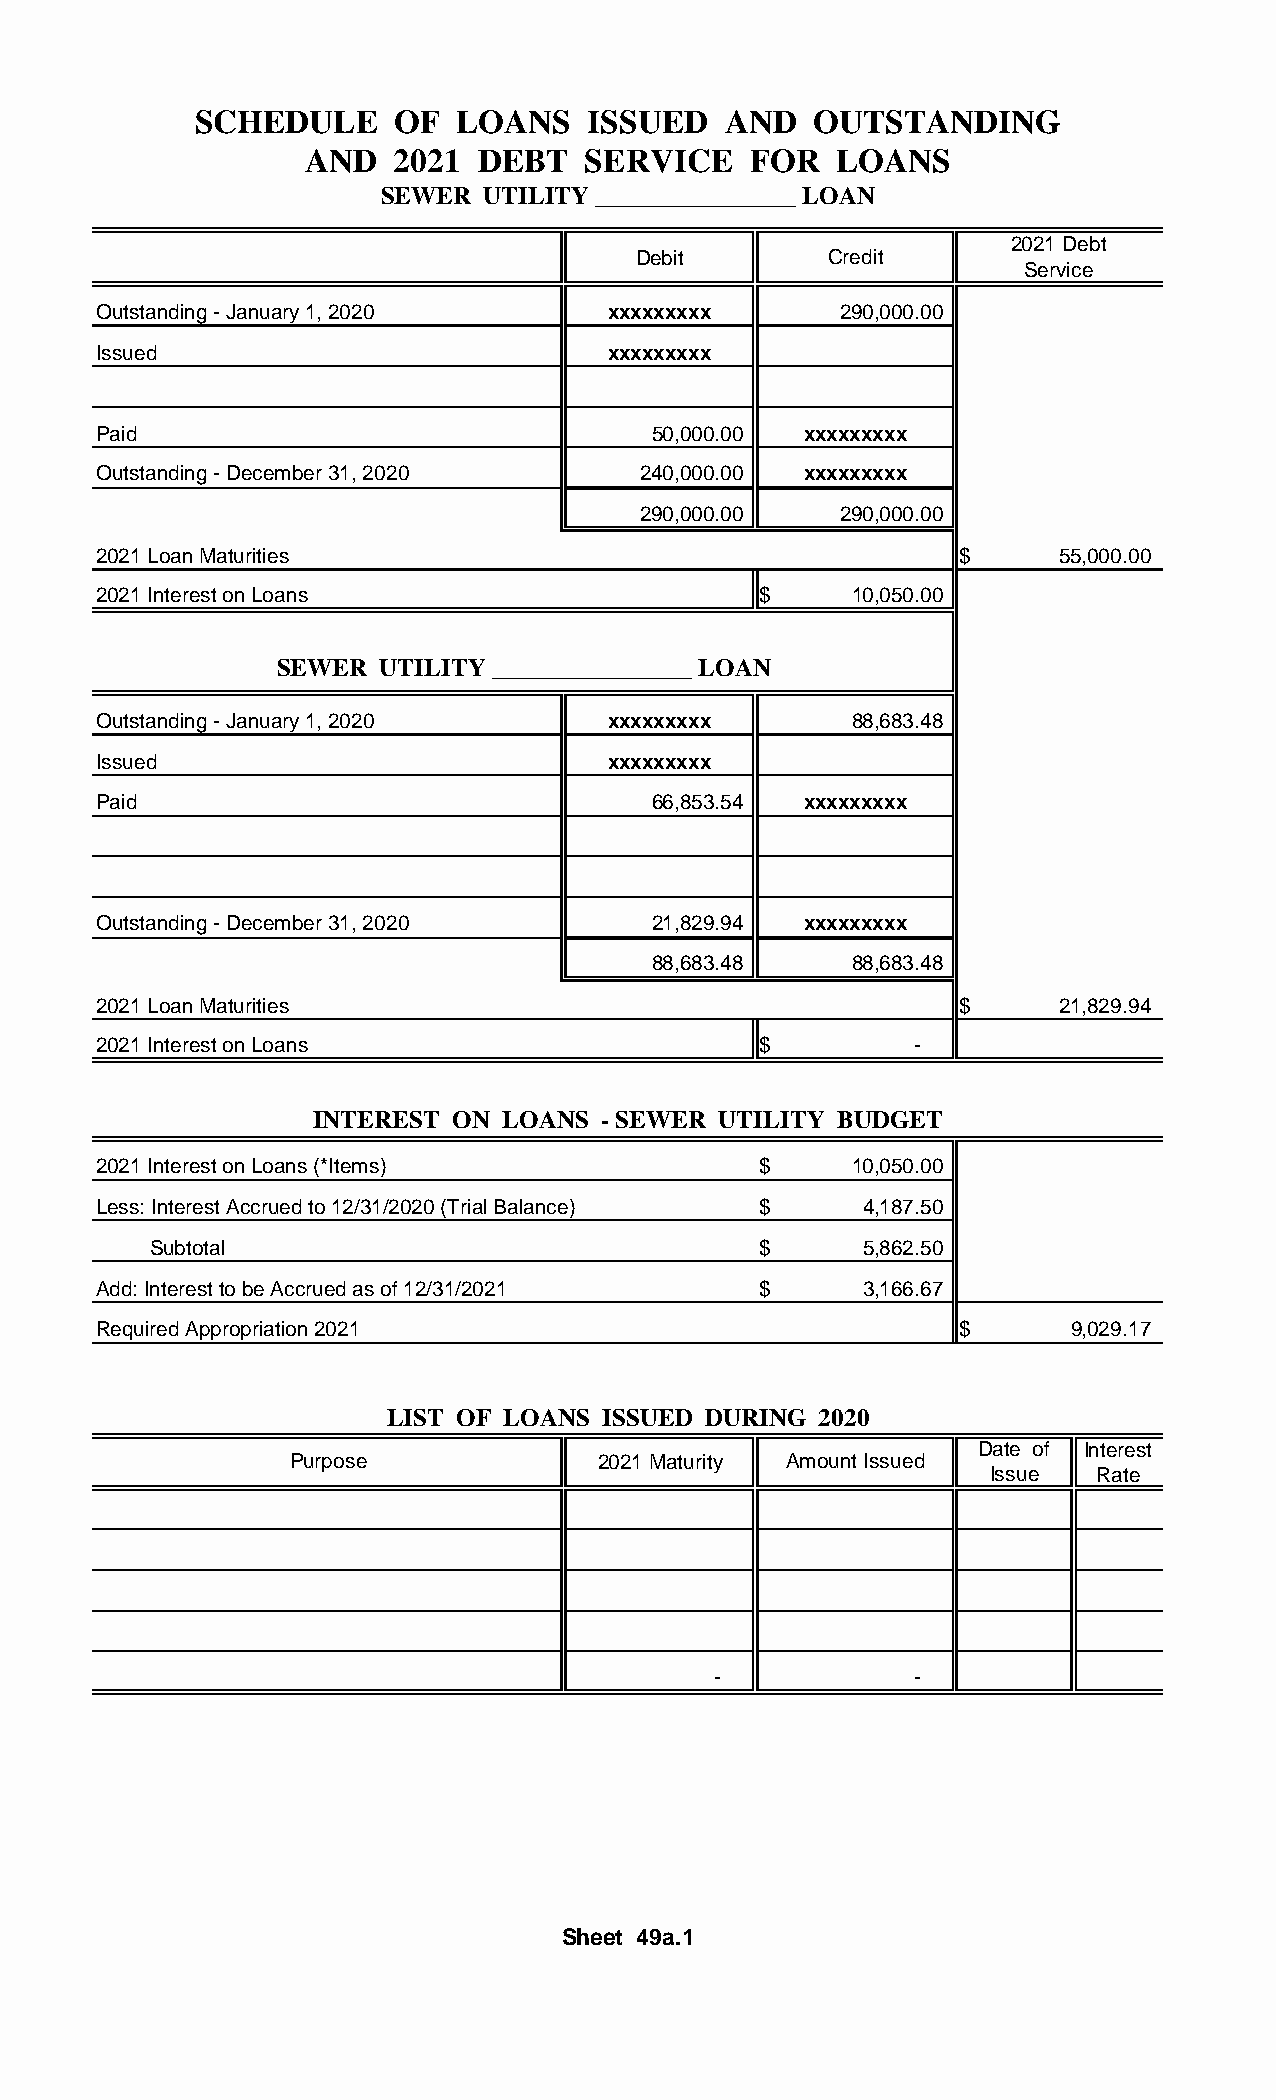
SCHEDULE     OF  LOANS    ISSUED   AND  OUTSTANDING
 AND   2021 DEBT   SERVICE    FOR   LOANS
 SEWER  UTILITY ________________ LOAN
 2021 Debt
 Debit       Credit
 Service
 Outstanding - January 1, 2020     xxxxxxxxx      290,000.00
 Issued                            xxxxxxxxx
 Paid                                 50,000.00 xxxxxxxxx
 Outstanding - December 31, 2020     240,000.00 xxxxxxxxx
 290,000.00   290,000.00
 2021 Loan Maturities                                     $      55,000.00
 2021 Interest on Loans                      $     10,050.00
 SEWER  UTILITY ________________ LOAN
 Outstanding - January 1, 2020     xxxxxxxxx       88,683.48
 Issued                            xxxxxxxxx
 Paid                                 66,853.54 xxxxxxxxx
 Outstanding - December 31, 2020      21,829.94 xxxxxxxxx
 88,683.48    88,683.48
 2021 Loan Maturities                                     $      21,829.94
 2021 Interest on Loans                      $         -
 INTEREST  ON LOANS - SEWER UTILITY BUDGET
 2021 Interest on Loans (*Items)             $     10,050.00
 Less: Interest Accrued to 12/31/2020 (Trial Balance) $ 4,187.50
 Subtotal                                $      5,862.50
 Add: Interest to be Accrued as of 12/31/2021 $     3,166.67
 Required Appropriation 2021                              $      9 ,029.17
 LIST OF LOANS  ISSUED DURING 2020
 Date of Interest
 Purpose             2021 Maturity Amount Issued
 Issue  Rate
 -            -
 Sheet 49a.1